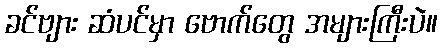
ခင်ဗျား ဆံပင်မှာ ဗောက်တွေ အများကြီးပဲ။